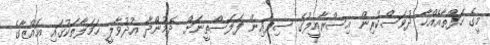
މީގެ ހަފްތާއެއްހާ ދުވަސްކުރިން އިސްރާއީލުގެ ސިފައިން ފަލަސްތީނަށް ދެމުންދާ އުދުވާލީ ހަމަލާތަކުގައި ޣައްޒާގެ